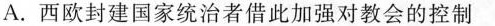
A.西欧封建国家统治者借此加强对教会的控制